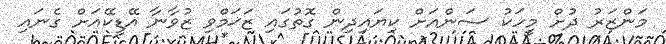
މަންޒަރު ދުށް މީހަކު ސަންއަށް ކިޔައިދިން ގޮތުގައި ޒަޚަމްވި ޒުވާނާ އޭޑީކޭއަށް ގެނައި